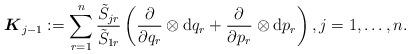
LaTeX: \begin{align*} \boldsymbol{K}_{j-1}:=\sum_{r=1}^n \frac{ \tilde{S}_{jr}}{ \tilde{S}_{1r}} \left( \frac{\partial}{\partial q_r}\otimes \mathrm{d} q_r+ \frac{\partial}{\partial p_r}\otimes \mathrm{d} p_r\right), j=1,\ldots,n .\end{align*}